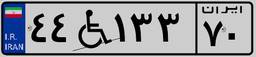
۴۴W۱۳۳۷۰